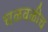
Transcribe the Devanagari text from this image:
चळवळीच